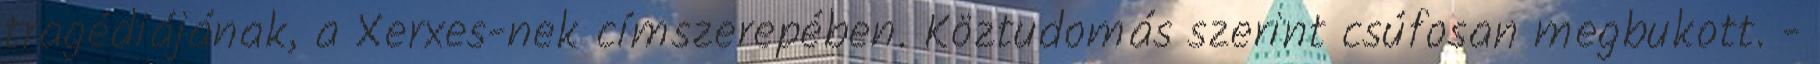
tragédiájának, a Xerxes-nek címszerepében. Köztudomás szerint csúfosan megbukott. -